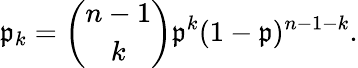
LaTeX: \mathfrak{p}_{k}={\binom{n-1}{k}}\mathfrak{p}^{k}(1-\mathfrak{p})^{n-1-k}.